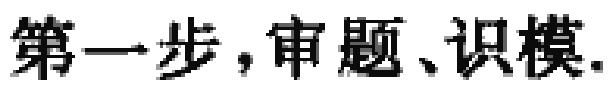
第一步，审题、识模.